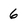
Character: 6